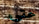
حتى